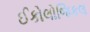
ઈકોલોજિકલ